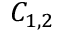
C _ { 1 , 2 }